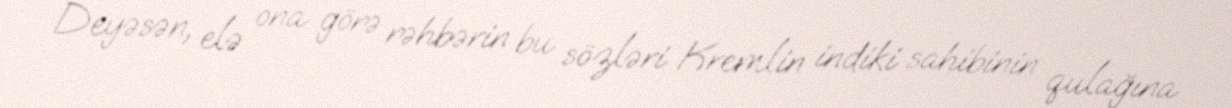
Deyəsən, elə ona görə rəhbərin bu sözləri Kremlin indiki sahibinin qulağına